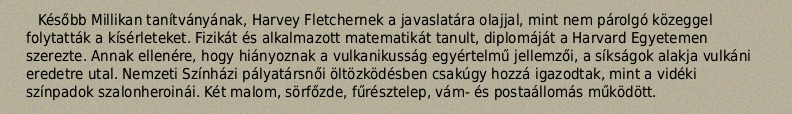
Később Millikan tanítványának, Harvey Fletchernek a javaslatára olajjal, mint nem párolgó közeggel folytatták a kísérleteket. Fizikát és alkalmazott matematikát tanult, diplomáját a Harvard Egyetemen szerezte. Annak ellenére, hogy hiányoznak a vulkanikusság egyértelmű jellemzői, a síkságok alakja vulkáni eredetre utal. Nemzeti Színházi pályatársnői öltözködésben csakúgy hozzá igazodtak, mint a vidéki színpadok szalonheroinái. Két malom, sörfőzde, fűrésztelep, vám- és postaállomás működött.